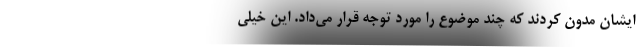
ایشان مدون کردند که چند موضوع را مورد توجه قرار می‌داد. این خیلی